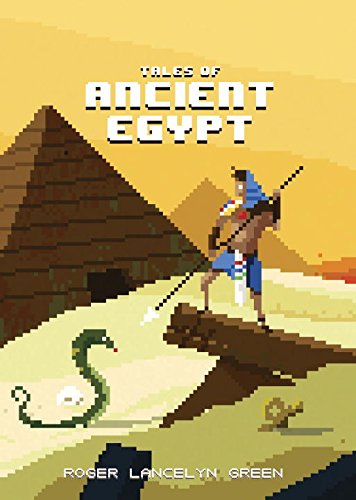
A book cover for Tales of Ancient Egypt (Puffin Pixels); Roger Lancelyn Green; Teen & Young Adult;